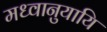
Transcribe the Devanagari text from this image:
मध्वानुयायि